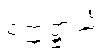
ဥက္ကဋ္ဌာယံ